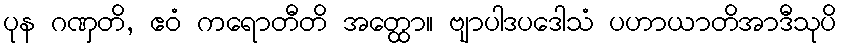
ပုန ဂဏှတိ, ဧဝံ ကရောတီတိ အတ္ထော။ ဗျာပါဒပဒေါသံ ပဟာယာတိအာဒီသုပိ